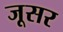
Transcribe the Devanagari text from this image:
जूसर